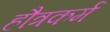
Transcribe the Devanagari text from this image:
हौत्रकर्म